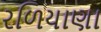
રળિયાણા